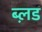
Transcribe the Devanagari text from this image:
ब्ल़ड